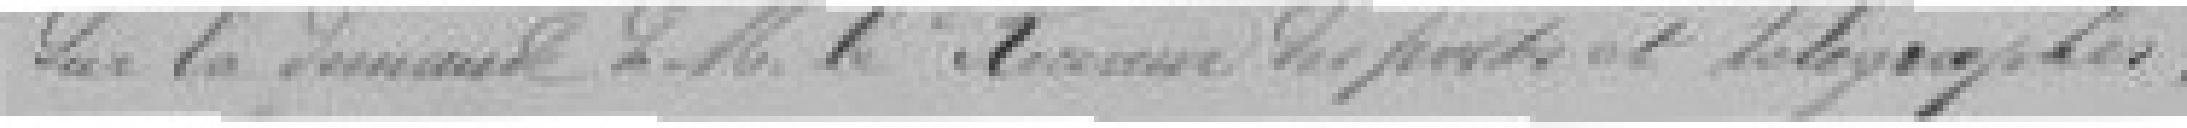
? la demande de Monsieur le Receveur des Postes et télégraphes